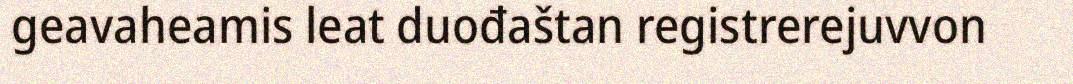
geavaheamis leat duođaštan registrerejuvvon